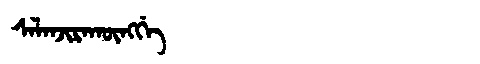
Manchu: ᠰᠠᠯᠠᠨᠵᡳᡵᠠᡴᡡᠩᡤᡝ
Romanization: SALANJIRAKŪNGGE